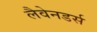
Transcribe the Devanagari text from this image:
लैवेनडर्स